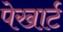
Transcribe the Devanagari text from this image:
पेखार्ट